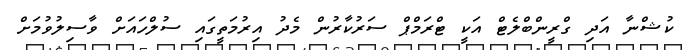
ކުޝްނާ އަދި ގްރީންބްލެޓް އަކީ ޓްރަމްޕް ސަރުކާރުން މެދު އިރުމަތީގައި ސުލްހައަށް ވާސިލުވުމަށް